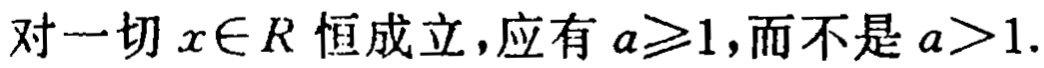
对一切 \(x\in R\) 恒成立，应有 \(a\geqslant1\)，而不是 \(a > 1\).